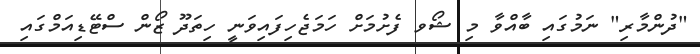
"ދުންމާރި" ނަމުގައި ބާއްވާ މި ޝޯވ ފެށުމަށް ހަމަޖެހިފައިވަނީ ހިތަދޫ ޒޯން ސްޓޭޑިއަމްގައި